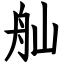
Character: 舢